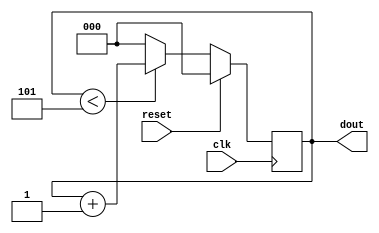

`timescale 1ns/100ps
module cmod6 ( clk ,reset ,dout );

output [2:0] dout ;
reg [2:0] dout ;

input clk ;
wire clk ;
input reset ;
wire reset ;

initial dout = 0;

always @ (posedge (clk)) begin
 if (reset)
  dout = 0;
 else if (dout<5)
  dout = dout + 1;
 else
  dout = 0;
end
     
endmodule